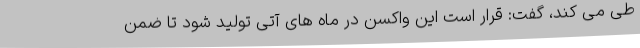
طی می کند، گفت: قرار است این واکسن در ماه های آتی تولید شود تا ضمن